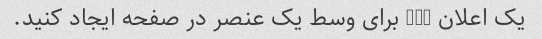
یک اعلان css برای وسط یک عنصر در صفحه ایجاد کنید.